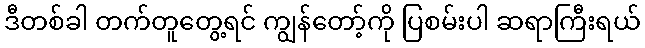
ဒီတစ်ခါ တက်တူတွေ့ရင် ကျွန်တော့်ကို ပြစမ်းပါ ဆရာကြီးရယ်